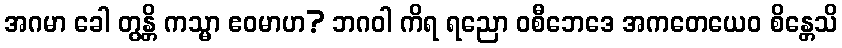
အဂမာ ခေါ တွန္တိ ကသ္မာ ဧဝမာဟ? ဘဂဝါ ကိရ ရညော ဝစီဘေဒေ အကတေယေဝ စိန္တေသိ